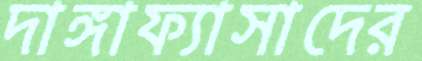
দাঙ্গাফ্যাসাদের